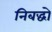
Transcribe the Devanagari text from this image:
निबद्धो